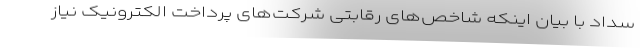
سداد با بیان اینکه شاخص‌های رقابتی شرکت‌های پرداخت الکترونیک نیاز